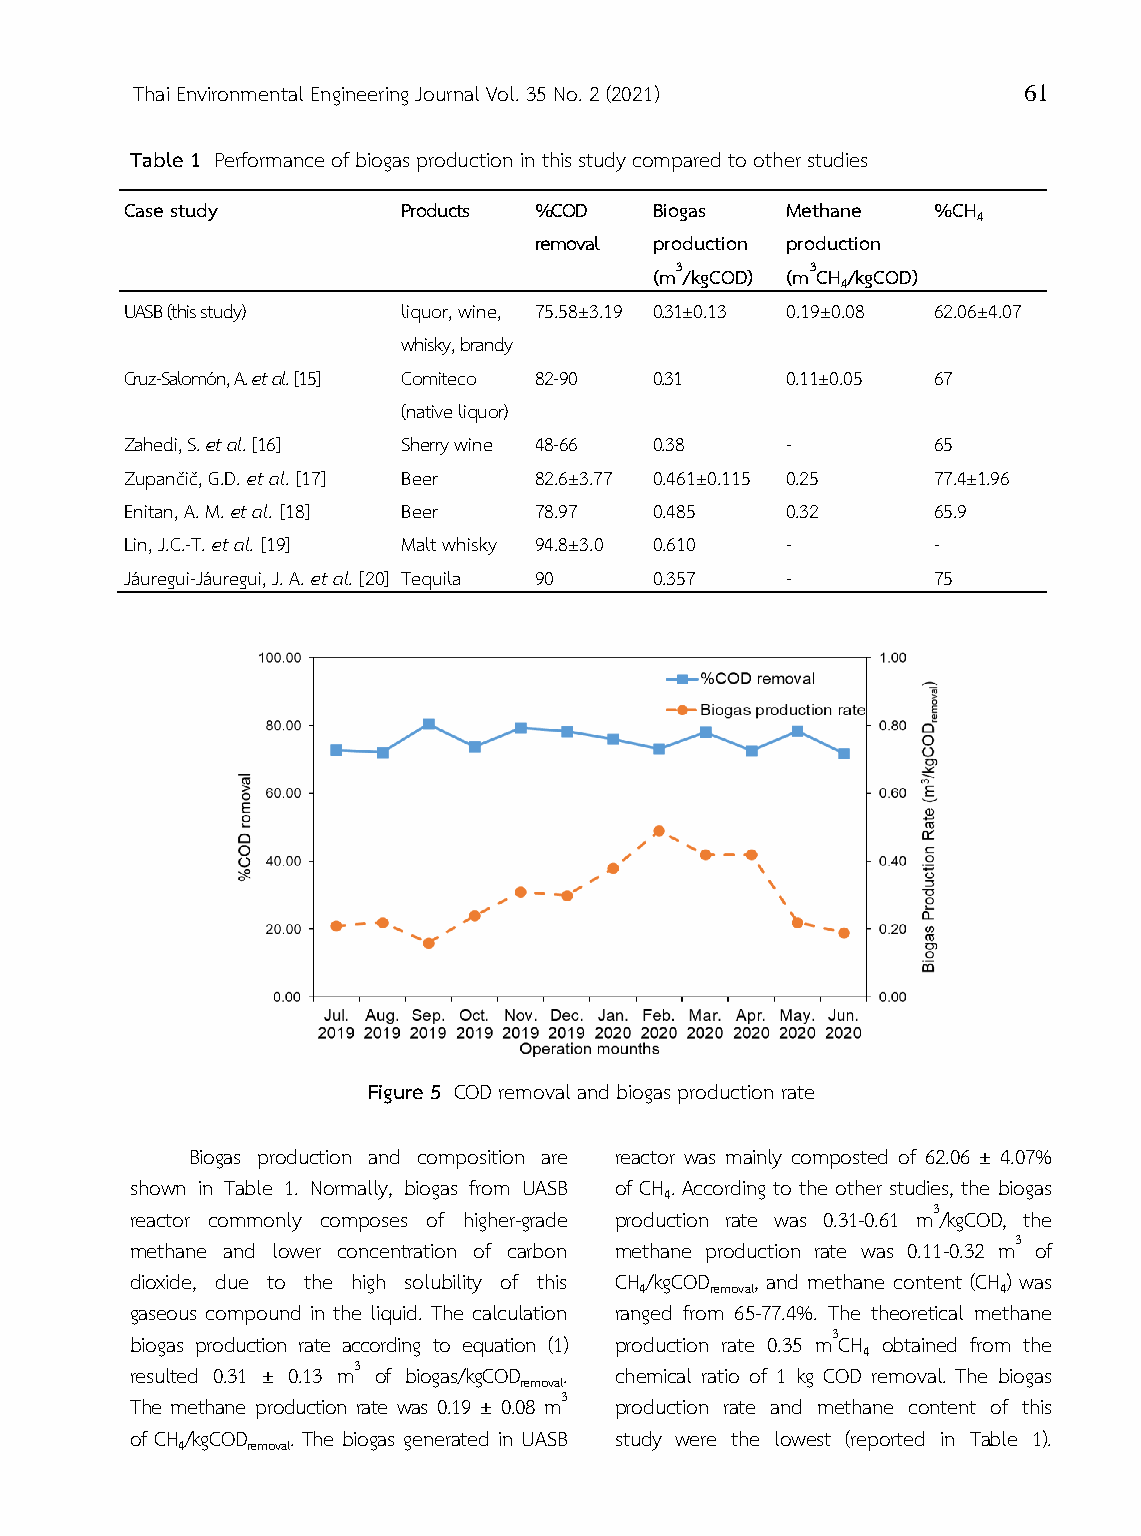
Thai Environmental Engineering Journal Vol. 35 No. 2 (2021) 61
 Table 1 Performance of biogas production in this study compared to other studies
 Case study         Products %COD   Biogas   Methane   %CH
 4
 removal production production
 (m3/kgCOD) (m3CH /kgCOD)
 4
 UASB (this study)  liquor, wine, 75.58±3.19 0.31±0.13 0.19±0.08 62.06±4.07
 whisky, brandy
 Cruz-Salomón, A. et al. [15] Comiteco 82-90 0.31 0.11±0.05 67
 (native liquor)
 Zahedi, S. et al. [16] Sherry wine 48-66 0.38 -       65
 Zupančič, .D. et al. [17] Beer 82.6±3.77 0.461±0.115 0.25 77.4±1.96
 Enitan, A. M. et al. [18] Beer 78.97 0.485  0.32      65.9
 Lin, J.C.-T. et al. [19] Malt whisky 94.8±3.0 0.610 - -
 Jáuregui-Jáuregui, J. A. et al. [20] Tequila 90 0.357 - 75
 Figure 5 COD removal and biogas production rate
 Biogas production and composition are reactor was mainly composted of 62.06 ± 4.07%
 shown in Table 1. Normally, biogas from UASB of CH . According to the other studies, the biogas
 4
 reactor commonly composes of higher-grade production rate was 0.31-0.61 m3/kgCOD, the
 methane and lower concentration of carbon methane production rate was 0.11-0.32 m3 of
 dioxide, due to the high solubility of this CH /kgCOD , and methane content (CH ) was
 4    removal            4
 gaseous compound in the liquid. The calculation ranged from 65-77.4%. The theoretical methane
 biogas production rate according to equation (1) production rate 0.35 m3CH obtained from the
 4
 resulted 0.31 ± 0.13 m3 of biogas/kgCOD . chemical ratio of 1 kg COD removal. The biogas
 removal
 The methane production rate was 0.19 ± 0.08 m3 production rate and methane content of this
 of CH/kgCOD . The biogas generated in UASB study were the lowest (reported in Table 1).
 4   removal